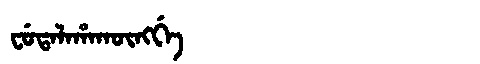
Manchu: ᠸᡠᡨᠠᠯᠠᡥᠠᡴᡡᠩᡤᡝ
Romanization: FUTALAHAKŪNGGE